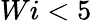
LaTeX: Wi<5